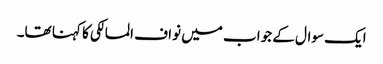
ایک سوال کے جواب میں نواف المالکی کا کہنا تھا۔